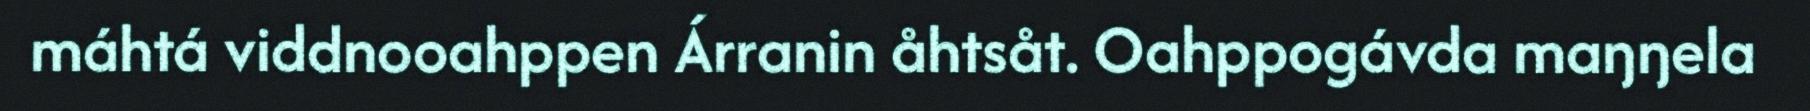
máhtá viddnooahppen Árranin åhtsåt. Oahppogávda maŋŋela